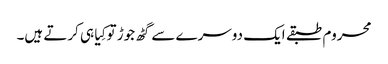
محروم طبقے ایک دوسرے سے گٹھ جوڑ تو کِیا ہی کرتے ہیں۔